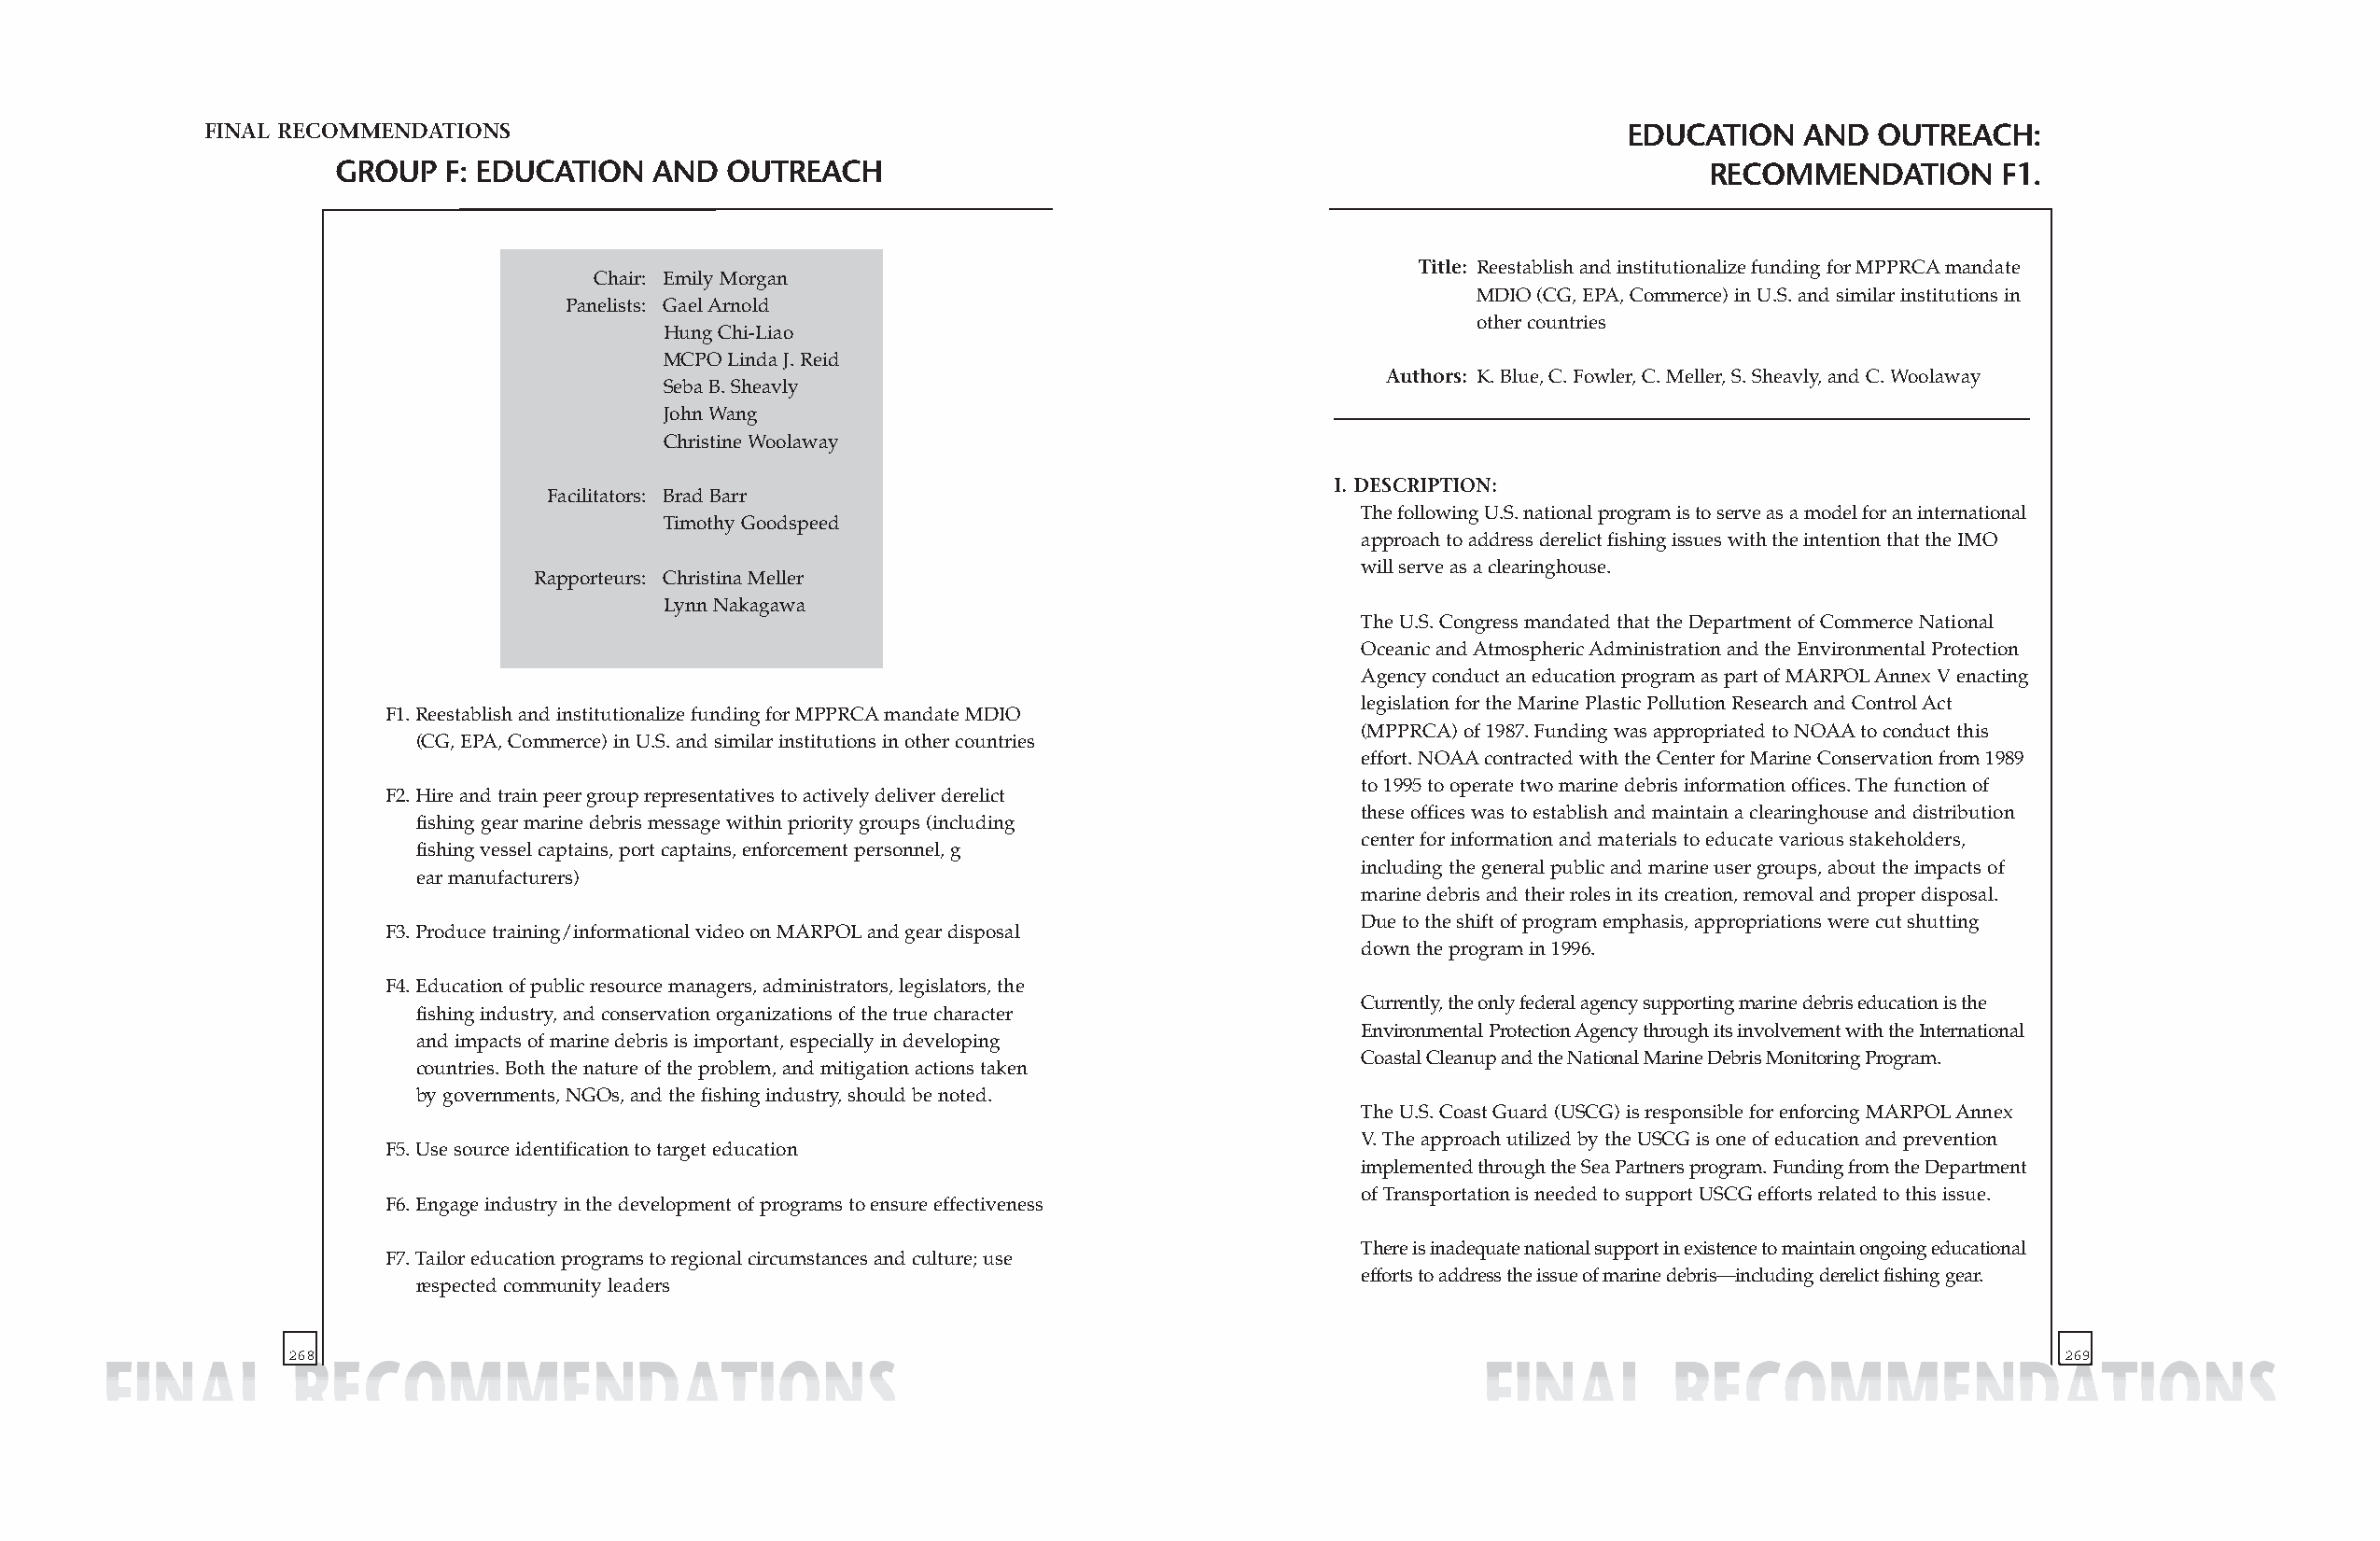
FINAL RECOMMENDATIONS                                                                               EDUCATION    AND  OUTREACH:
 GROUP   F: EDUCATION  AND   OUTREACH                                                             RECOMMENDATION       F1.
 Title: Reestablish and institutionalize funding for MPPRCAmandate
 Chair: Emily Morgan
 MDIO (CG, EPA, Commerce) in U.S. and similar institutions in
 Panelists: Gael Arnold
 other countries
 Hung Chi-Liao
 MCPO Linda J. Reid
 Authors: K. Blue, C. Fowler, C. Meller, S. Sheavly, and C. Woolaway
 Seba B. Sheavly
 John Wang
 Christine Woolaway
 I. DESCRIPTION:
 Facilitators: Brad Barr
 The following U.S. national program is to serve as a model for an international
 Timothy Goodspeed
 approach to address derelict fishing issues with the intention that the IMO
 will serve as a clearinghouse.
 Rapporteurs: Christina Meller
 Lynn Nakagawa
 The U.S. Congress mandated that the Department of Commerce National
 Oceanic and Atmospheric Administration and the Environmental Protection
 Agency conduct an education program as part of MARPOLAnnex V enacting
 legislation for the Marine Plastic Pollution Research and Control Act
 F1.Reestablish and institutionalize funding for MPPRCAmandate MDIO
 (MPPRCA) of 1987. Funding was appropriated to NOAAto conduct this
 (CG, EPA, Commerce) in U.S. and similar institutions in other countries
 effort. NOAAcontracted with the Center for Marine Conservation from 1989
 to 1995 to operate two marine debris information offices. The function of
 F2.Hire and train peer group representatives to actively deliver derelict
 these offices was to establish and maintain a clearinghouse and distribution
 fishing gear marine debris message within priority groups (including
 center for information and materials to educate various stakeholders,
 fishing vessel captains, port captains, enforcement personnel, g
 including the general public and marine user groups, about the impacts of
 ear manufacturers)
 marine debris and their roles in its creation, removal and proper disposal.
 Due to the shift of program emphasis, appropriations were cut shutting
 F3.Produce training/informational video on MARPOLand gear disposal
 down the program in 1996.
 F4. Education of public resource managers, administrators, legislators, the
 Currently, the only federal agency supporting marine debris education is the
 fishing industry, and conservation organizations of the true character
 Environmental Protection Agency through its involvement with the International
 and impacts of marine debris is important, especially in developing
 Coastal Cleanup and the National Marine Debris Monitoring Program.
 countries. Both the nature of the problem, and mitigation actions taken
 by governments, NGOs, and the fishing industry, should be noted.
 The U.S. Coast Guard (USCG) is responsible for enforcing MARPOLAnnex
 V. The approach utilized by the USCG is one of education and prevention
 F5.Use source identification to target education
 implemented through the Sea Partners program. Funding from the Department
 of Transportation is needed to support USCG efforts related to this issue.
 F6.Engage industry in the development of programs to ensure effectiveness
 There is inadequate national support in existence to maintain ongoing educational
 F7.Tailor education programs to regional circumstances and culture; use
 efforts to address the issue of marine debris—including derelict fishing gear.
 respected community leaders
 268                                                                                                                           269